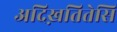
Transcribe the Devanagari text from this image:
अदिख़तितेसि